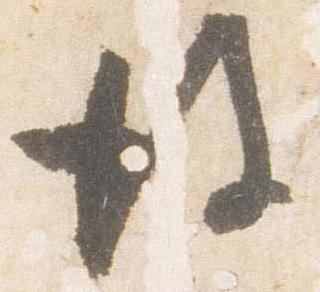
後